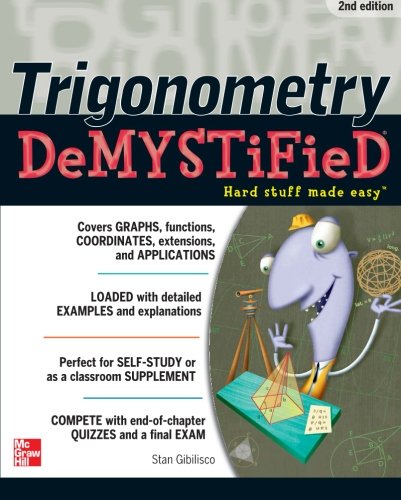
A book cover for Trigonometry Demystified 2/E; Stan Gibilisco; Science & Math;